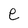
Character: e